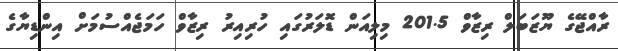
ރާއްޖޭގެ ޔޫޒަބަލް ރިޒާވް 201.5 މިލިއަން ޑޮލަރުގައި ހުރިއިރު ރިޒާވް ހަމަޖެއްސުމަށް އިންޑިޔާގެ